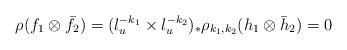
LaTeX: \begin{align*} \rho(f_1\otimes \bar{f}_2)=(l_u^{-k_1}\times l_u^{-k_2})_*\rho_{k_1,k_2} (h_1\otimes \bar{h}_2)=0 \end{align*}